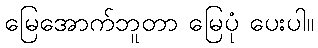
မြေအောက်ဘူတာ မြေပုံ ပေးပါ။